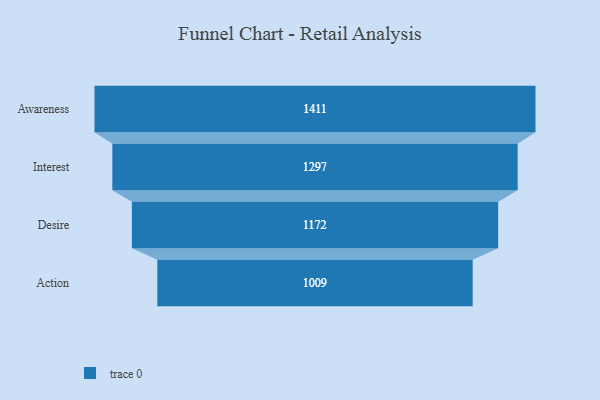
{"axis": {"x": "Stage", "y": "Value"}, "legend": [""], "data": [{"x": "Awareness", "y": 1411.0, "type": ""}, {"x": "Interest", "y": 1297.0, "type": ""}, {"x": "Desire", "y": 1172.0, "type": ""}, {"x": "Action", "y": 1009.0, "type": ""}]}